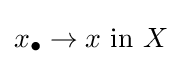
x_{\bullet }\to x{\text{ in }}X